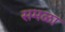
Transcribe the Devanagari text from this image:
समळा